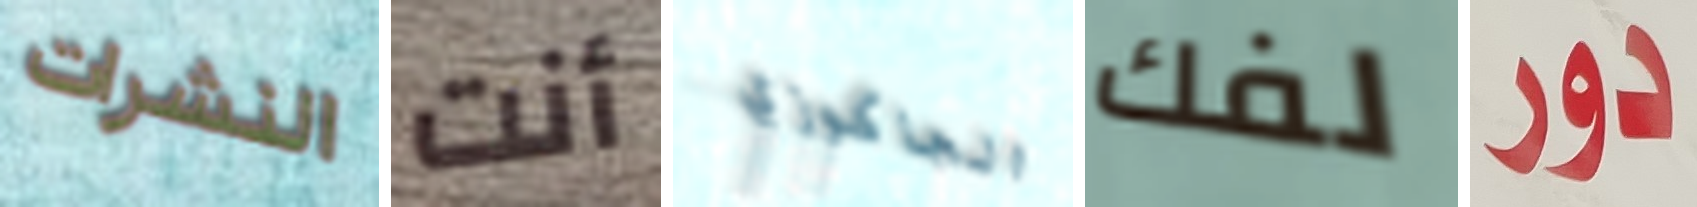
النشرات أنت الجاكوزي لفك دور